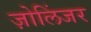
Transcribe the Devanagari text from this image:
ज़ोलिंजर